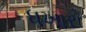
ધખારો